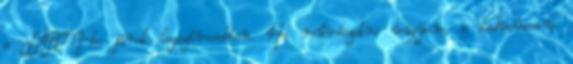
a LÄRM-be járok legszívesebben. Ha művészetre vágyom, a kedvenceim